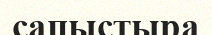
сапыстыра